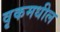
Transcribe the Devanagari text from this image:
वृकमधील